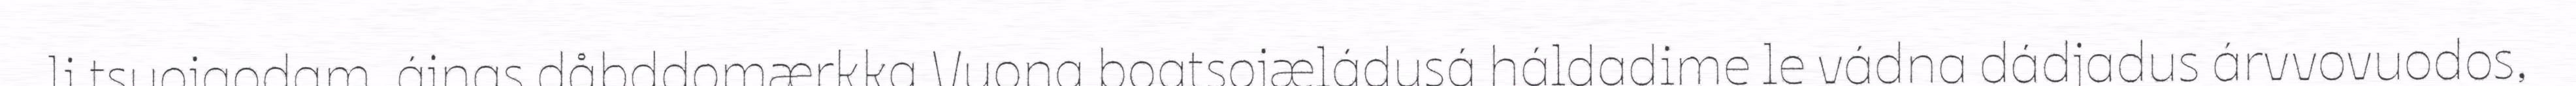
li tsuojgodam, ájnas dåbddomærkka Vuona boatsojæládusá háldadime le vádna dádjadus árvvovuodos,